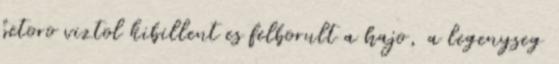
betoro viztol kibillent es felborult a hajo, a legenyseg